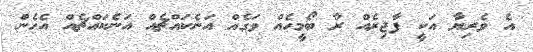
އެ ވެރިޔާ އަކީ ފާޖިރެއް ރާ ބޯމީހެއް ވަގެއް އަނެކައްޗެއް އަނެކައްޗެއް އެހެން